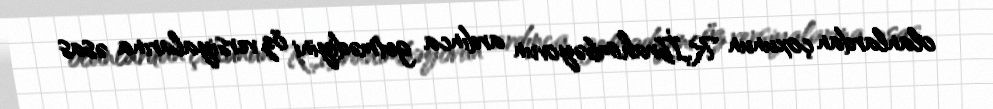
olanlardan çoxunun R.İbrahimbəyovun ardınca getmədiyini öz versiyalarına əsas